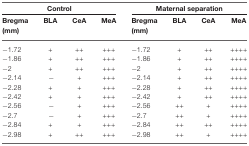
<table><thead><tr><td colspan="4"><b>Control</b></td><td colspan="4"><b>Maternal separation</b></td></tr><tr><td><b>Bregma (mm)</b></td><td><b>BLA</b></td><td><b>CeA</b></td><td><b>MeA</b></td><td><b>Bregma (mm)</b></td><td><b>BLA</b></td><td><b>CeA</b></td><td><b>MeA</b></td></tr></thead><tbody><tr><td>−1.72</td><td>+</td><td>++</td><td>+++</td><td>−1.72</td><td>+</td><td>++</td><td>++++</td></tr><tr><td>−1.86</td><td>+</td><td>++</td><td>+++</td><td>−1.86</td><td>+</td><td>++</td><td>++++</td></tr><tr><td>−2</td><td>+</td><td>++</td><td>+++</td><td>−2</td><td>+</td><td>++</td><td>++++</td></tr><tr><td>−2.14</td><td>−</td><td>+</td><td>+++</td><td>−2.14</td><td>+</td><td>++</td><td>++++</td></tr><tr><td>−2.28</td><td>+</td><td>+</td><td>+++</td><td>−2.28</td><td>+</td><td>++</td><td>++++</td></tr><tr><td>−2.42</td><td>+</td><td>+</td><td>+++</td><td>−2.42</td><td>+</td><td>++</td><td>++++</td></tr><tr><td>−2.56</td><td>−</td><td>+</td><td>+++</td><td>−2.56</td><td>++</td><td>+</td><td>++++</td></tr><tr><td>−2.7</td><td>−</td><td>+</td><td>+++</td><td>−2.7</td><td>++</td><td>+</td><td>++++</td></tr><tr><td>−2.84</td><td>+</td><td>+</td><td>+++</td><td>−2.84</td><td>++</td><td>++</td><td>++++</td></tr><tr><td>−2.98</td><td>+</td><td>++</td><td>+++</td><td>−2.98</td><td>++</td><td>+</td><td>++++</td></tr></tbody></table>